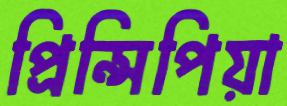
প্রিন্সিপিয়া